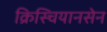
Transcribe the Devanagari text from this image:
क्रिस्चियानसेन